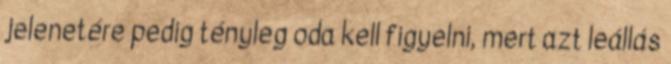
jelenetére pedig tényleg oda kell figyelni, mert azt leállás